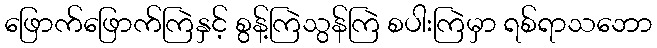
ဖြောက်ဖြောက်ကြဲနှင့် စွန့်ကြဲသွန်ကြဲ စပါးကြဲမှာ ရစ်ရာသဘော